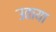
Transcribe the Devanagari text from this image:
उताया